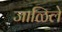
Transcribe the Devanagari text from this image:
जाळिले